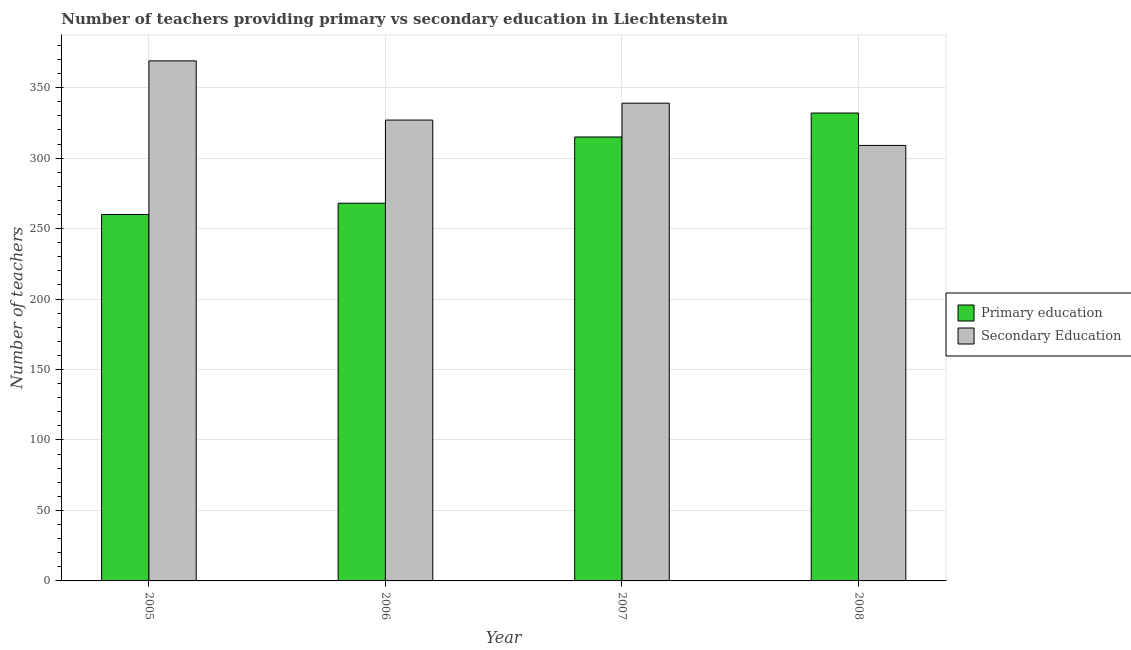
| Year | Primary education | Secondary Education |
 | --- | --- | --- |
 | 2005 | 260 | 369 |
 | 2006 | 268 | 327 |
 | 2007 | 315 | 339 |
 | 2008 | 332 | 309 |